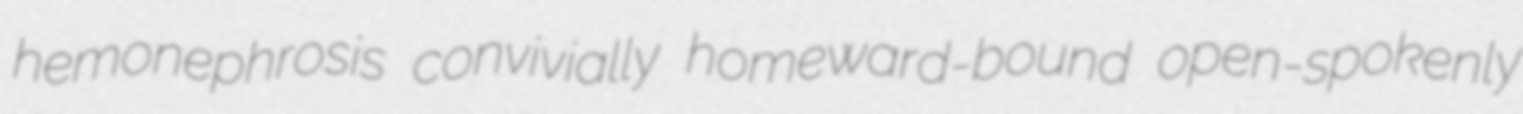
hemonephrosis convivially homeward-bound open-spokenly